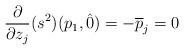
LaTeX: \begin{align*}\frac{\partial}{\partial z_j}(s^2)(p_1,\hat{0})= - \overline{p}_j=0\end{align*}